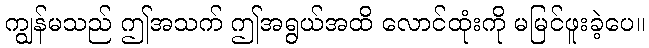
ကျွန်မသည် ဤအသက် ဤအရွယ်အထိ လောင်ထုံးကို မမြင်ဖူးခဲ့ပေ။